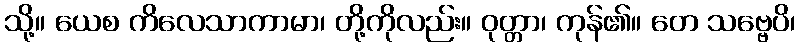
သို့။ ယေစ ကိလေသာကာမာ၊ တို့ကိုလည်း။ ဝုတ္တာ၊ ကုန်၏။ တေ သဗ္ဗေပိ၊